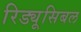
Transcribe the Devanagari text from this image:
रिड्यूसिबल